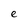
Character: e